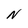
Character: N